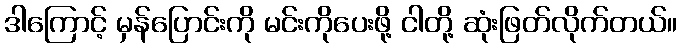
ဒါကြောင့် မှန်ပြောင်းကို မင်းကိုပေးဖို့ ငါတို့ ဆုံးဖြတ်လိုက်တယ်။